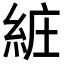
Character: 𦀐